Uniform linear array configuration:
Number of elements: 24
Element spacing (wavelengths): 0.75
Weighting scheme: hamming
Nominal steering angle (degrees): -60
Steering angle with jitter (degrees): -58.374
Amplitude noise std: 0.05
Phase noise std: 0.05

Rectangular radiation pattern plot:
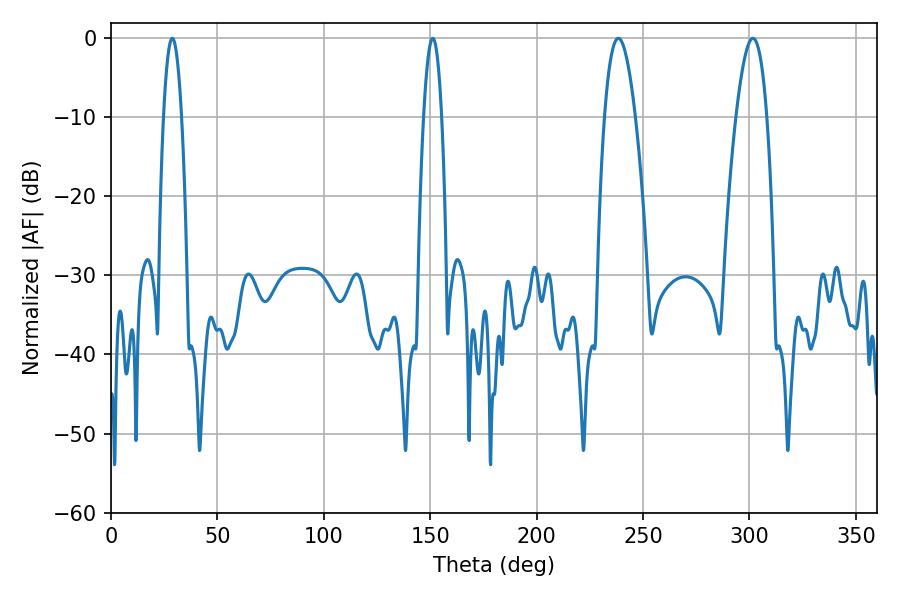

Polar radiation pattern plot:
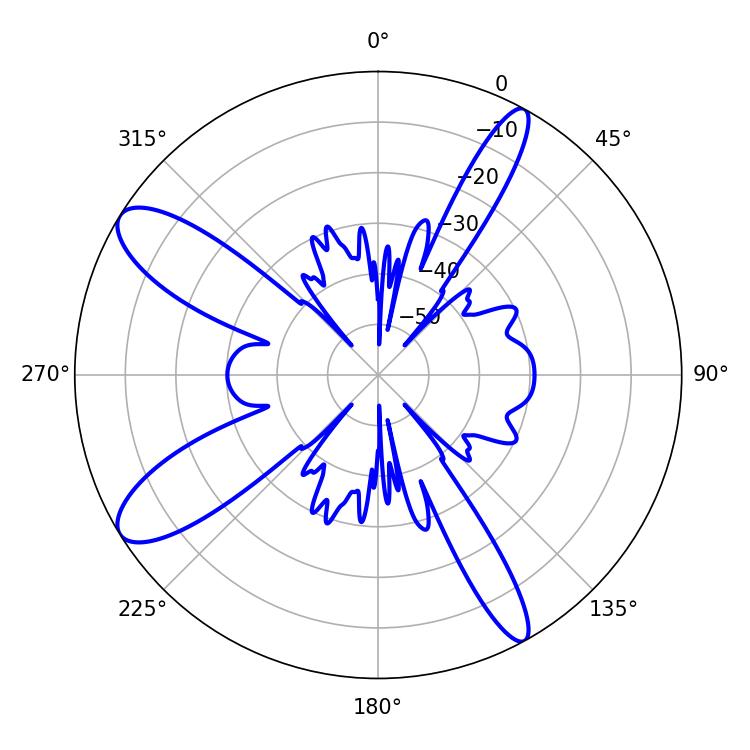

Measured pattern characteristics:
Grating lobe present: TRUE
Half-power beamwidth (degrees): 4.68
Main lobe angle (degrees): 28.8